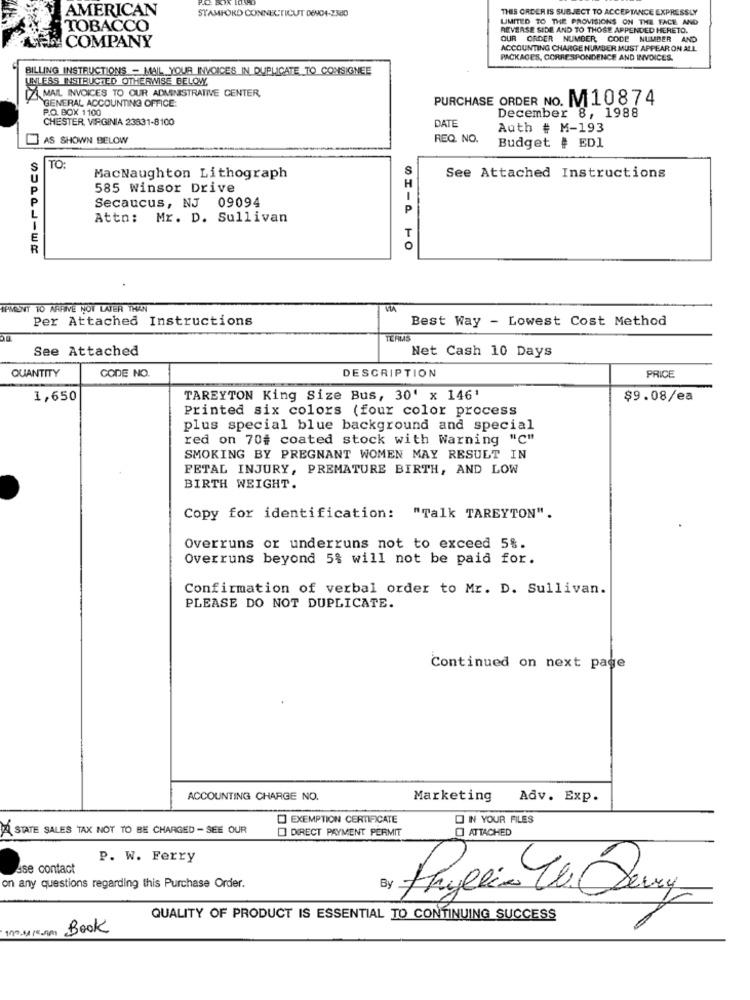
AMERICAN
STAMFORD CONNECTICUT 06904-2380
THIS ORDERIS SUBJECT TO ACCEPTANCE EXPRESSLY
LIMITED TO THE PROVISIONS ON THE FACE AND
TOBACCO
REVERSE SIDE AND TO THOSE APPENDED HERETO.
COMPANY
OUR ORDER NUMBER, CODE NUMBER AND
ACCOUNTING CHARGE NUMBER MUST APPEAR ON ALL
PACKAGES, CORRESPONDENCE AND INVOICES.
BILLING INSTRUCTIONS - MAIL YOUR INVOICES IN DUPLICATE TO CONSIGNEE
UNLESS INSTRUCTED OTHERWISE BELOW.
MAIL INVOICES TO OUR ADMINISTRATIVE CENTER,
GENERAL ACCOUNTING OFFICE
PURCHASE ORDER NO. M 10874
P.O. BOX 1100
December 8, 1988
CHESTER VIRGINIA 23831-8100
DATE
Auth # M-193
AS SHOWN BELOW
REQ. NO.
Budget # EDI
TO:
S
MacNaughton Lithograph
H
See Attached Instructions
585 Winsor Drive
P
Secaucus, NJ 09094
P
Attn: Mr. D. Sullivan
T
0
TEMOSNT 10 ARRIVE NOT LATER THAN
Per Attached Instructions
Best Way - Lowest Cost Method
TEAMS
See Attached
Net Cash 10 Days
CODE NO.
DESCRIPTION
QUANTITY
PRICE
1,650
TAREYTON King Size Bus, 30' x 146'
$9.08/ea
Printed six colors (four color process
plus special blue background and special
red on 70# coated stock with Warning "C"
SMOKING BY PREGNANT WOMEN MAY RESULT IN
FETAL INJURY, PREMATURE BIRTH, AND LOW
BIRTH WEIGHT.
Copy for identification: "Talk TAREYTON".
Overruns or underruns not to exceed 5%.
Overruns beyond 5% will not be paid for.
Confirmation of verbal order to Mr. D. Sullivan.
PLEASE DO NOT DUPLICATE.
Continued on next page
ACCOUNTING CHARGE NO.
Marketing
Adv. Exp.
[] EXEMPTION CERTIFICATE
ON YOUR FILES
A STATE SALES TAX NOT TO BE CHARGED - SEE OUR
O DIRECT PAYMENT PERMIT
O ATTACHED
P. W. Ferry
Ase contact
on any questions regarding this Purchase Order.
By
QUALITY OF PRODUCT IS ESSENTIAL TO CONTINUING SUCCESS
11º MIR ARI Book